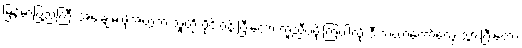
မြန်မာပြည်ကြီး အေးချမ်းဖို့အတွက် သူတို့ ဝိုင်းဝန်းပြီးတော့ ကူညီပံ့ပိုးကြပါလို့ ဒီ သံဃာတော်တွေ သွားပြီးတော့